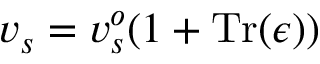
v _ { s } = v _ { s } ^ { o } ( 1 + \mathrm { T r } ( \epsilon ) )